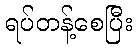
ရပ်တန့်စေပြီး